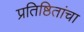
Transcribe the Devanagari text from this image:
प्रतिष्ठितांचा